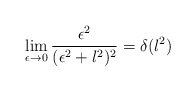
\begin{align*}\lim_{\epsilon\to 0}\frac{\epsilon^2}{(\epsilon^2+l^2)^2}=\delta(l^2)\end{align*}